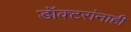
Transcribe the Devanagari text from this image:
डॉक्टरांनाही